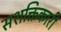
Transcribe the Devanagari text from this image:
सशक्तिकारी